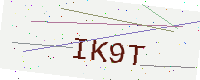
Text: IK9T